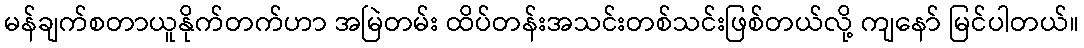
မန်ချက်စတာယူနိုက်တက်ဟာ အမြဲတမ်း ထိပ်တန်းအသင်းတစ်သင်းဖြစ်တယ်လို့ ကျနော် မြင်ပါတယ်။